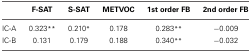
|  | F-SAT | S-SAT | METVOC | 1st order FB | 2nd order FB |
 | --- | --- | --- | --- | --- | --- |
 | IC-A | 0.323** | 0.210* | 0.178 | 0.283** | −0.009 |
 | IC-B | 0.131 | 0.179 | 0.188 | 0.340** | −0.032 |